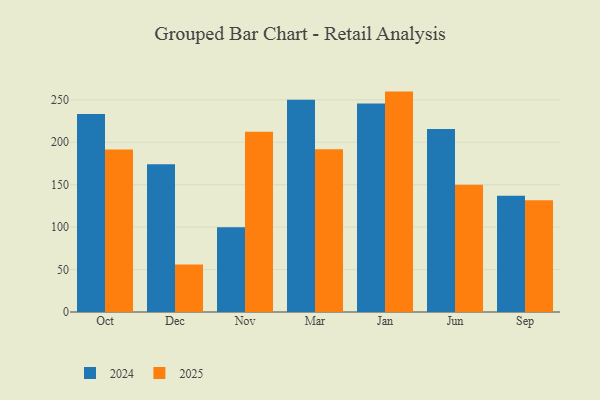
{"axis": {"x": "Month", "y": "Demand Index"}, "legend": ["2024", "2025"], "data": [{"x": "Oct", "y": 191.6, "type": "2025"}, {"x": "Oct", "y": 233.4, "type": "2024"}, {"x": "Dec", "y": 55.9, "type": "2025"}, {"x": "Dec", "y": 174.2, "type": "2024"}, {"x": "Nov", "y": 212.4, "type": "2025"}, {"x": "Nov", "y": 99.8, "type": "2024"}, {"x": "Mar", "y": 191.7, "type": "2025"}, {"x": "Mar", "y": 250.1, "type": "2024"}, {"x": "Jan", "y": 259.7, "type": "2025"}, {"x": "Jan", "y": 245.8, "type": "2024"}, {"x": "Jun", "y": 149.9, "type": "2025"}, {"x": "Jun", "y": 215.6, "type": "2024"}, {"x": "Sep", "y": 131.6, "type": "2025"}, {"x": "Sep", "y": 137.0, "type": "2024"}]}